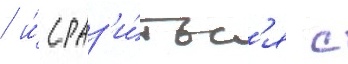
/ и́ сраз'и́тьс'я с